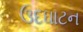
ઉદઘાટન